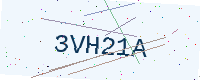
Text: 3VH21A